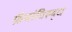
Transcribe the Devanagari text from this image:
फ्रेंचांविरुद्ध